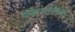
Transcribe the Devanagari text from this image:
प्लास्तेरेस्क